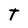
Character: T